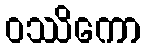
ဝဿိကော